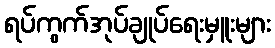
ရပ်ကွက်အုပ်ချုပ်ရေးမှူးများ